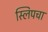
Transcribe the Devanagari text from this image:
स्लिपचा